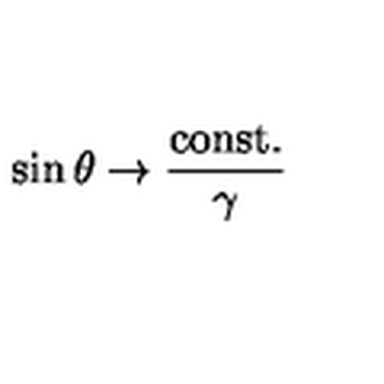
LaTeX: \sin \theta \rightarrow \frac { \mathrm { c o n s t . } } { \gamma }